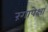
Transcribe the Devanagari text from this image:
रंगापेक्षा